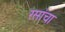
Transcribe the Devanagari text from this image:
रसांचा